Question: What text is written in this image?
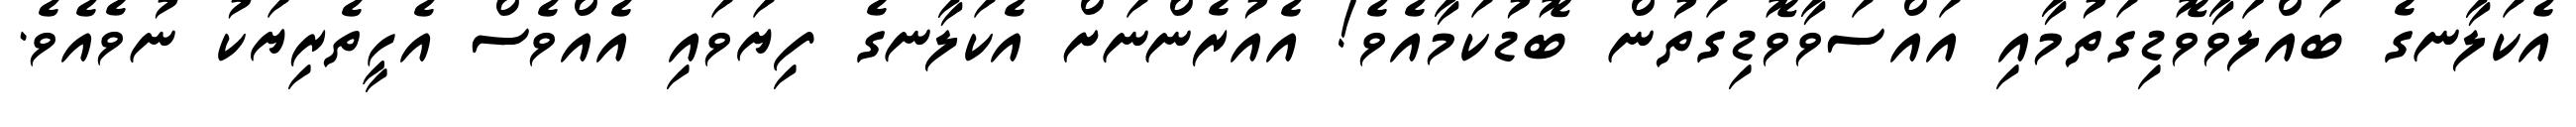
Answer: އެކަލާނގެ ބައްލަވާވޮޑިގަތުމާއި އައްސަވާވޮޑިގަތުން ބޮޑުކަމާއެވެ! އެއުރެންނަށް އެކަލާނގެ ފިޔަވައި އެއްވެސް އެހީތެރިޔަކު ނުވެއެވެ.